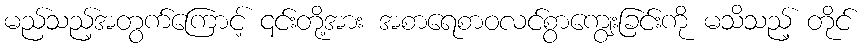
မည်သည့်အတွက်ကြောင့် ၎င်းတို့အား အစာရေစာဝလင်စွာကျွေးခြင်းကို မသိသည့် တိုင်